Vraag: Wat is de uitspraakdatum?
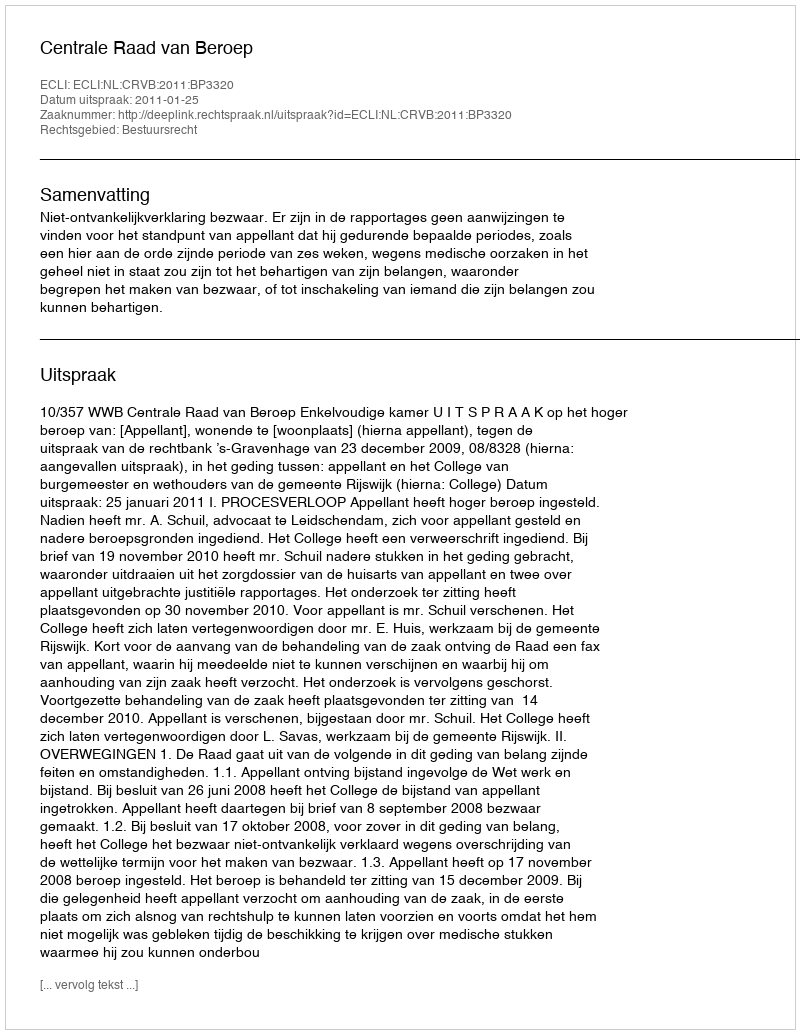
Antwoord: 2011-01-25